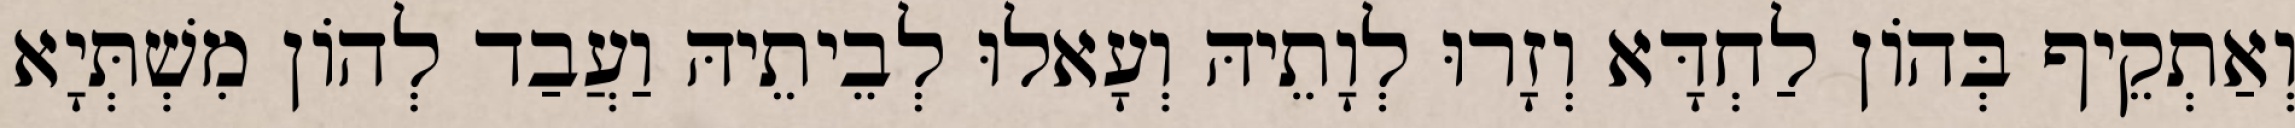
וְאַתְקֵיף בְּהוֹן לַחְדָּא וְזָרוּ לְוָתֵיהּ וְעָאלוּ לְבֵיתֵיהּ וַעֲבַד לְהוֹן מִשְׁתְּיָא